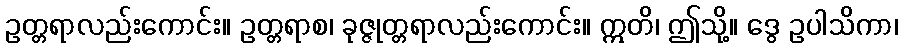
ဥတ္တရာလည်းကောင်း။ ဥတ္တရာစ၊ ခုဇ္ဇုတ္တရာလည်းကောင်း။ ဣတိ၊ ဤသို့။ ဒွေ ဥပါသိကာ၊